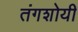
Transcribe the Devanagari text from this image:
तंगशोयी